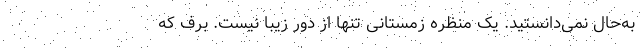
‌به‌حال نمی‌دانستید. یک منظره زمستانی تنها از دور زیبا نیست. برف که